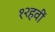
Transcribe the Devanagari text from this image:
१२हवीं